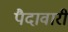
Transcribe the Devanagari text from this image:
पैदावारी